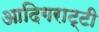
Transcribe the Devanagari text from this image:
आदिगराट्टी